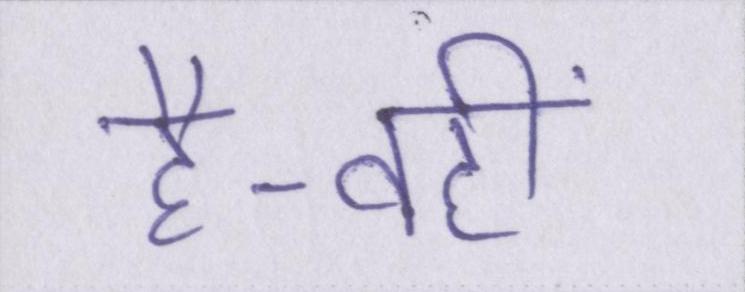
है-वहीं